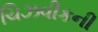
ચિઝવીકની